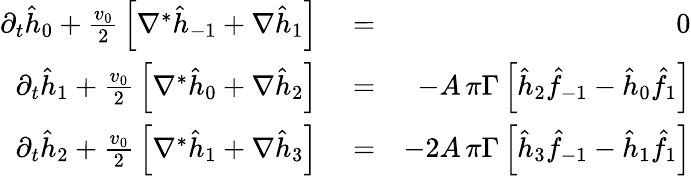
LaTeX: \begin{array}{rlr}{\partial_{t}\hat{h}_{0}+{\frac{v_{0}}{2}}\left[\nabla^{*}\hat{h}_{-1}+\nabla\hat{h}_{1}\right]}&{{}=}&{0}\\ {\partial_{t}\hat{h}_{1}+{\frac{v_{0}}{2}}\left[\nabla^{*}\hat{h}_{0}+\nabla\hat{h}_{2}\right]}&{{}=}&{-A\, \pi\Gamma\left[\hat{h}_{2}\hat{f}_{-1}-\hat{h}_{0}\hat{f}_{1}\right]}\\ {\partial_{t}\hat{h}_{2}+{\frac{v_{0}}{2}}\left[\nabla^{*}\hat{h}_{1}+\nabla\hat{h}_{3}\right]}&{{}=}&{-2A\, \pi\Gamma\left[\hat{h}_{3}\hat{f}_{-1}-\hat{h}_{1}\hat{f}_{1}\right]}\end{array}